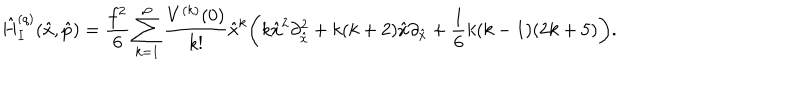
LaTeX: \hat { H } _ { I } ^ { ( q ) } ( \hat { x } , \hat { p } ) = \frac { f ^ { 2 } } { 6 } \sum _ { k = 1 } ^ { \infty } \frac { V ^ { ( k ) } ( 0 ) } { k ! } \hat { x } ^ { k } \biggl ( k \hat { x } ^ { 2 } \partial _ { \hat { x } } ^ { 2 } + k ( k + 2 ) \hat { x } \partial _ { \hat { x } } + \frac { 1 } { 6 } k ( k - 1 ) ( 2 k + 5 ) \biggr ) .